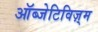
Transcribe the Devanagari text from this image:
ऑब्जेटिविज़्म